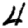
Digit: 4